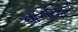
નાગરિકોની